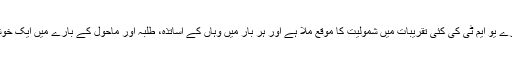
مجھے ان کے قائم کردہ ادارے یو ایم ٹی کی کئی تقریبات میں شمولیت کا موقع ملا ہے اور ہر بار میں وہاں کے اساتذہ، طلبہ اور ماحول کے بارے میں ایک خوشگوار تاثر لے کر لوٹا ہوں۔